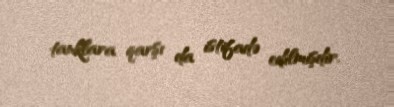
tanklara qarşı da istifadə edilmişdir.